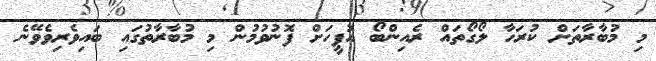
މި މުބާރާތަށް ކުރަހާ ލޯގޯތައް ރެއިންބޯ އޮފީހަށް ފޮނުވުމުން މި މުބާރާތުގައި ބައިވެރިވެވޭނެ